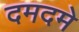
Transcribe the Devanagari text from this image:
दमदमे